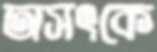
অসৎকে